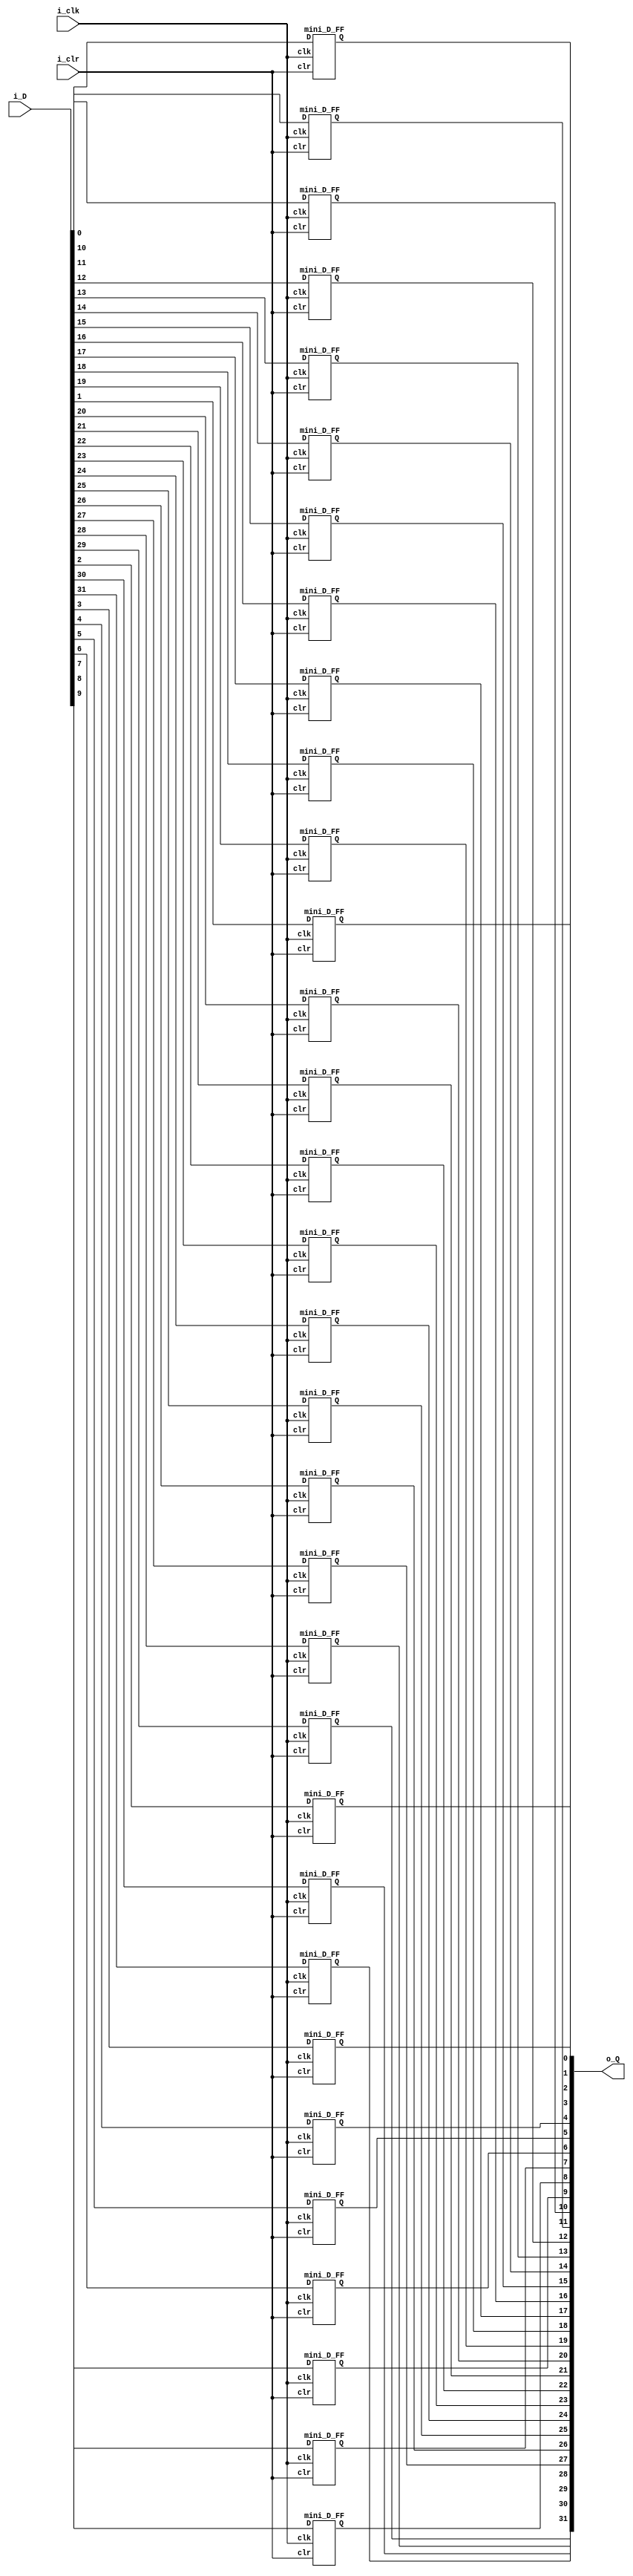
module module_32_D_FF (
    input i_clr,
    //input i_CE,
    input [31:0] i_D,
	 input i_clk,
	 output [31:0] o_Q
);
wire [31:0] w_Q;
genvar             m;
  generate 
      for (m=0; m<=31; m=m+1) 
      begin : D_FF
          mini_D_FF blk( 
              .clr (i_clr),
              //.CE (i_CE),
				  .D (i_D[m]),
				  .clk (i_clk),
			     .Q (w_Q[m])	  
              );
      end
  endgenerate
assign o_Q = w_Q;
endmodule

module mini_D_FF (
    input clr,
    //input CE,
    input D,
	 input clk,
	 output Q
);
reg r_Q;
always @(posedge clk or posedge clr)
begin
    if (clr) r_Q = 0;
	 else
	 begin
	     if (clk) r_Q = D;
		  else r_Q = r_Q;
    end	
end
assign Q = r_Q;
endmodule